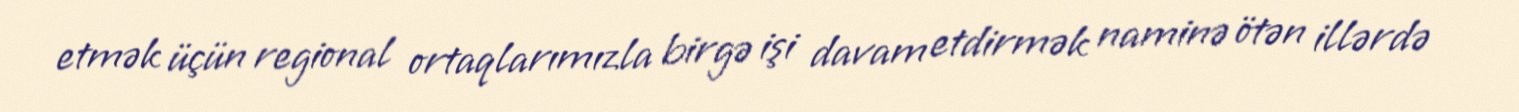
etmək üçün regional ortaqlarımızla birgə işi davam etdirmək naminə ötən illərdə